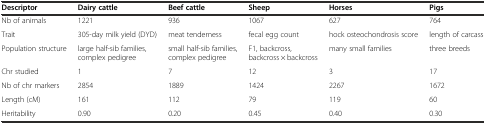
<table><thead><tr><td><b>Descriptor</b></td><td><b>Dairy cattle</b></td><td><b>Beef cattle</b></td><td><b>Sheep</b></td><td><b>Horses</b></td><td><b>Pigs</b></td></tr></thead><tbody><tr><td>Nb of animals</td><td>1221</td><td>936</td><td>1067</td><td>627</td><td>764</td></tr><tr><td>Trait</td><td>305-day milk yield (DYD)</td><td>meat tenderness</td><td>fecal egg count</td><td>hock osteochondrosis score</td><td>length of carcass</td></tr><tr><td>Population structure</td><td>large half-sib families, complex pedigree</td><td>small half-sib families, complex pedigree</td><td>F1, backcross, backcross × backcross</td><td>many small families</td><td>three breeds</td></tr><tr><td>Chr studied</td><td>1</td><td>7</td><td>12</td><td>3</td><td>17</td></tr><tr><td>Nb of chr markers</td><td>2854</td><td>1889</td><td>1424</td><td>2267</td><td>1672</td></tr><tr><td>Length (cM)</td><td>161</td><td>112</td><td>79</td><td>119</td><td>60</td></tr><tr><td>Heritability</td><td>0.90</td><td>0.20</td><td>0.45</td><td>0.40</td><td>0.30</td></tr></tbody></table>